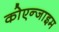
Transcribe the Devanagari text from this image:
कोएन्जाइम